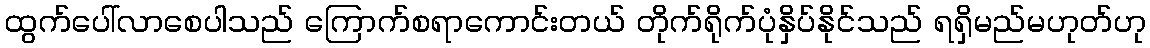
ထွက်ပေါ်လာစေပါသည် ကြောက်စရာကောင်းတယ် တိုက်ရိုက်ပုံနှိပ်နိုင်သည် ရရှိမည်မဟုတ်ဟု